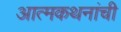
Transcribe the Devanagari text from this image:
आत्मकथनांची